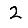
Digit: 2